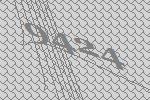
9424